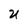
Character: U